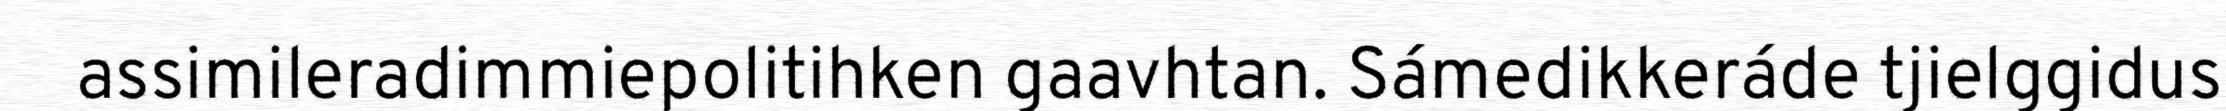
assimileradimmiepolitihken gaavhtan. Sámedikkeráde tjielggidus